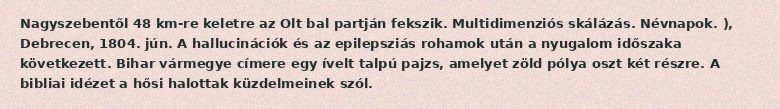
Nagyszebentől 48 km-re keletre az Olt bal partján fekszik. Multidimenziós skálázás. Névnapok. ), Debrecen, 1804. jún. A hallucinációk és az epilepsziás rohamok után a nyugalom időszaka következett. Bihar vármegye címere egy ívelt talpú pajzs, amelyet zöld pólya oszt két részre. A bibliai idézet a hősi halottak küzdelmeinek szól.